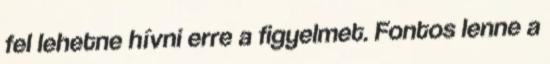
fel lehetne hívni erre a figyelmet. Fontos lenne a